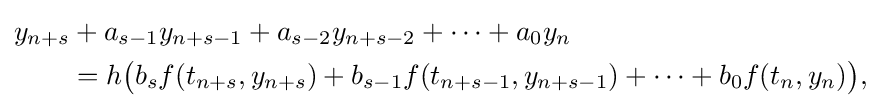
{\begin{aligned}&y_{n+s}+a_{s-1}y_{n+s-1}+a_{s-2}y_{n+s-2}+\cdots +a_{0}y_{n}\\&\qquad {}=h{\bigl (}b_{s}f(t_{n+s},y_{n+s})+b_{s-1}f(t_{n+s-1},y_{n+s-1})+\cdots +b_{0}f(t_{n},y_{n}){\bigr )},\end{aligned}}